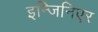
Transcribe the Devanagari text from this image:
इन्जिनिएर